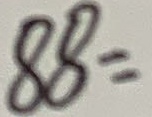
8 8 =